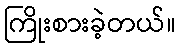
ကြိုးစားခဲ့တယ်။